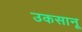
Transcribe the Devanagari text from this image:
उकसानू